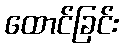
ထောင်ခြင်း